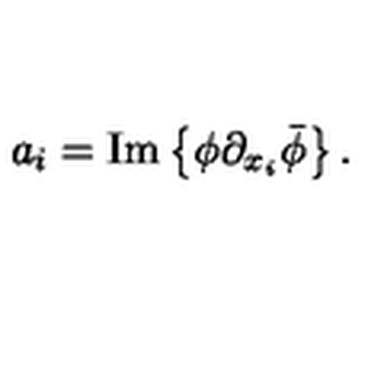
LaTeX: a _ { i } = \mathrm { { I m } } \left\{ \phi \partial _ { x _ { i } } \bar { \phi } \right\} .